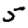
Digit: 5